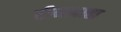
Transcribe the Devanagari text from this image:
बीमादाता